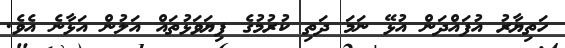
ހަތިޔާރު އުފައްދަން އުޅޭ ނަމަ ދަތި ކުރުމުގެ ފިޔަވަޅުތައް އަލުން އަޅާނެ އެވެ.